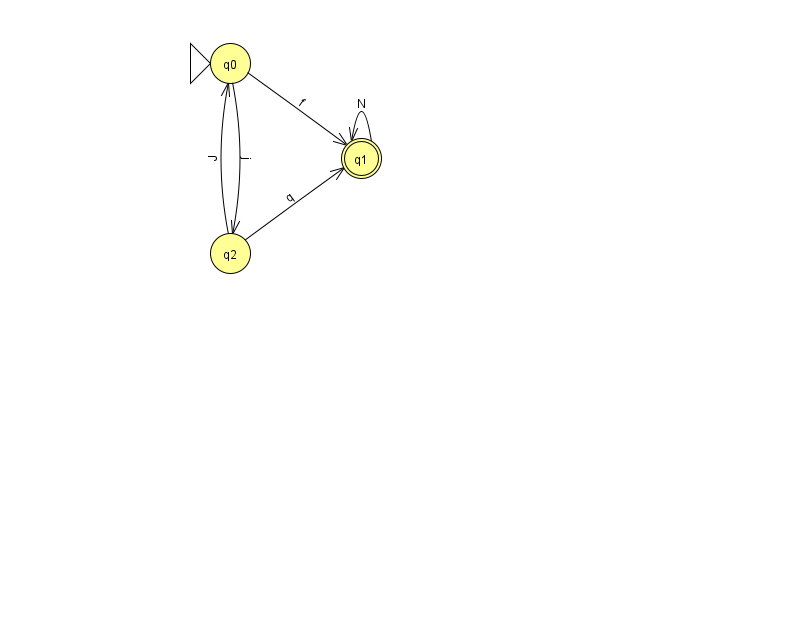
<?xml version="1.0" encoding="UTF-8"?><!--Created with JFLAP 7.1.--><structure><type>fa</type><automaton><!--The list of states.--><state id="0" name="q0"><x>230.0</x><y>50.0</y><initial/></state><state id="1" name="q1"><x>361.0</x><y>145.0</y><final/></state><state id="2" name="q2"><x>230.0</x><y>240.0</y></state><!--The list of transitions.--><transition><from>2</from><to>1</to><read>q</read></transition><transition><from>0</from><to>1</to><read>f</read></transition><transition><from>0</from><to>2</to><read>j</read></transition><transition><from>2</from><to>0</to><read>J</read></transition><transition><from>1</from><to>1</to><read>N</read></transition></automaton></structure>